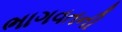
ભાગવતની